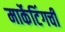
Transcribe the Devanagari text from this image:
मार्केटिंगची